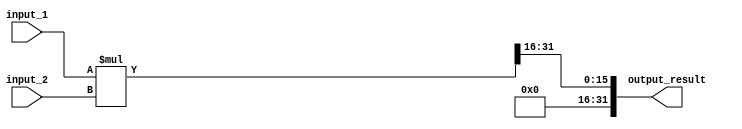
module fixed_point_multiplier (
  input [15:0] input_1,  // fixed-point input 1
  input [15:0] input_2,  // fixed-point input 2
  output reg [31:0] output_result // multiplication result
);

reg [31:0] product;  // intermediate product

always @(*) begin
  product = $signed(input_1) * $signed(input_2);  // perform multiplication

  // Perform scaling to handle fractional numbers
  output_result = product >> 16; // right shift by 16 bits
end

endmodule